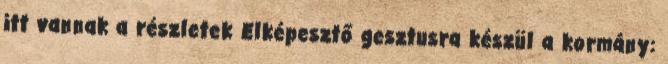
itt vannak a részletek Elképesztő gesztusra készül a kormány: